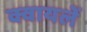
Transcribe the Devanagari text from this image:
क्वायलें